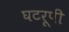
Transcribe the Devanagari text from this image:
घटरूपी